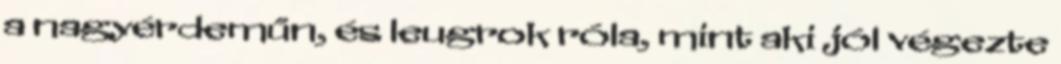
a nagyérdeműn, és leugrok róla, mint aki jól végezte